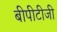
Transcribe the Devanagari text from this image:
बीपीटीजी